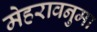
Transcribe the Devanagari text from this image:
मेहरावनुमा